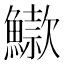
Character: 䲌